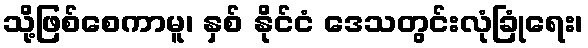
သို့ဖြစ်စေကာမူ၊ နှစ် နိုင်ငံ ဒေသတွင်းလုံခြုံရေး၊